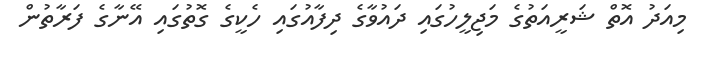
މިއަދު އޮތް ޝަރީއަތުގެ މަޖިލީހުގައި ދައުވާގެ ދިފާއުގައި ހެކީގެ ގޮތުގައި އޭނާގެ ފަރާތުން